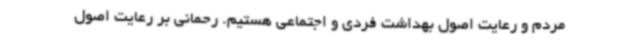
مردم و رعایت اصول بهداشت فردی و اجتماعی هستیم. رحمانی بر رعایت اصول